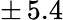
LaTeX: \pm\, 5.4